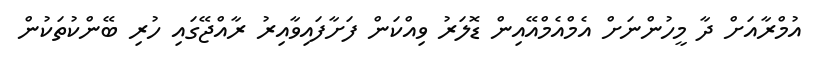
އުމްރާއަށް ދާ މީހުންނަށް އެމްއެމްއޭއިން ޑޮލަރު ވިއްކަން ފަށާފައިވާއިރު ރާއްޖޭގައި ހުރި ބޭންކުތަކުން